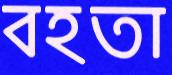
বহতা